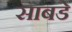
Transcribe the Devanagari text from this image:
साबडे